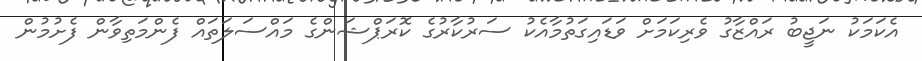
އެކަމަކު ނަޖީބު ރައްޒާގު ވެރިކަމަށް ވަޑައިގަތުމާއެކު ސަރުކާރުގެ ކޮރަޕްޝަންގެ މައްސަލަތައް ފެންމަތިވާން ފެށުމުން